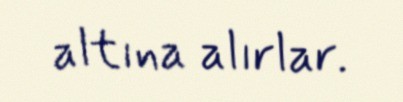
altına alırlar.